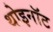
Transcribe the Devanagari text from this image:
थोइनॉट